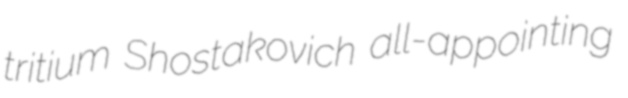
tritium Shostakovich all-appointing